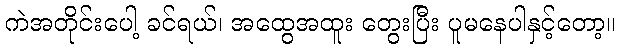
ကဲအတိုင်းပေါ့ ခင်ရယ်၊ အထွေအထူး တွေးပြီး ပူမနေပါနှင့်တော့။